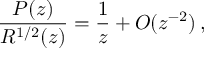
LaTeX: \frac { P ( z ) } { R ^ { 1 / 2 } ( z ) } = \frac { 1 } { z } + O ( z ^ { - 2 } ) \, ,